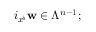
i _ { x ^ { \flat } } \mathbf { w } \in \Lambda ^ { n - 1 } ;